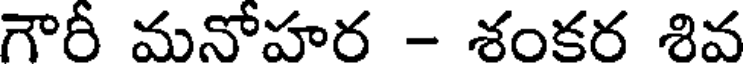
గౌరీ మనోహర - శంకర శివ